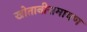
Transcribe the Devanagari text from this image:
खोतानीरामायण